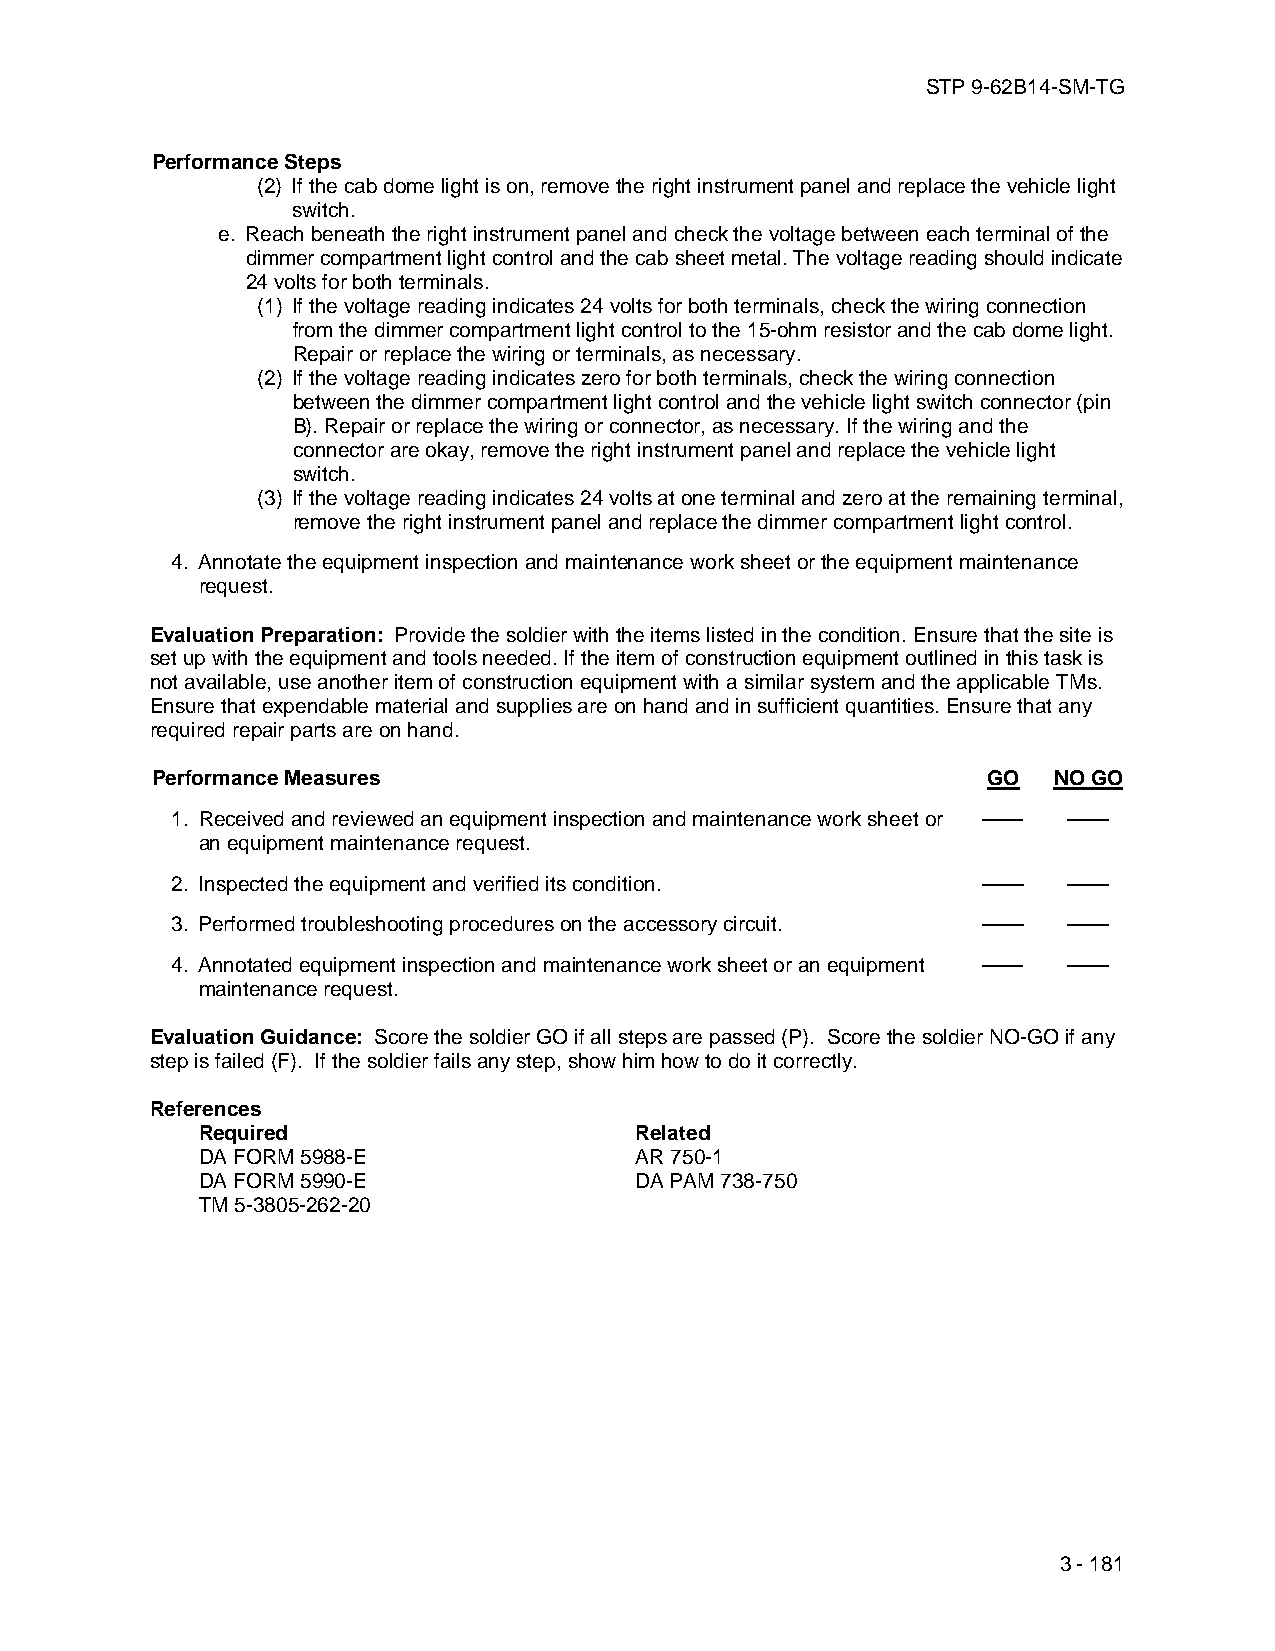
STP 9-62B14-SM-TG
 Performance Steps
 (2) If the cab dome light is on, remove the right instrument panel and replace the vehicle light
 switch.
 e. Reach beneath the right instrument panel and check the voltage between each terminal of the
 dimmer compartment light control and the cab sheet metal. The voltage reading should indicate
 24 volts for both terminals.
 (1) If the voltage reading indicates 24 volts for both terminals, check the wiring connection
 from the dimmer compartment light control to the 15-ohm resistor and the cab dome light.
 Repair or replace the wiring or terminals, as necessary.
 (2) If the voltage reading indicates zero for both terminals, check the wiring connection
 between the dimmer compartment light control and the vehicle light switch connector (pin
 B). Repair or replace the wiring or connector, as necessary. If the wiring and the
 connector are okay, remove the right instrument panel and replace the vehicle light
 switch.
 (3) If the voltage reading indicates 24 volts at one terminal and zero at the remaining terminal,
 remove the right instrument panel and replace the dimmer compartment light control.
 4. Annotate the equipment inspection and maintenance work sheet or the equipment maintenance
 request.
 Evaluation Preparation: Provide the soldier with the items listed in the condition. Ensure that the site is
 set up with the equipment and tools needed. If the item of construction equipment outlined in this task is
 not available, use another item of construction equipment with a similar system and the applicable TMs.
 Ensure that expendable material and supplies are on hand and in sufficient quantities. Ensure that any
 required repair parts are on hand.
 Performance Measures                                   GO   NO GO
 1. Received and reviewed an equipment inspection and maintenance work sheet or —— ——
 an equipment maintenance request.
 2. Inspected the equipment and verified its condition. ——   ——
 3. Performed troubleshooting procedures on the accessory circuit. —— ——
 4. Annotated equipment inspection and maintenance work sheet or an equipment —— ——
 maintenance request.
 Evaluation Guidance: Score the soldier GO if all steps are passed (P). Score the soldier NO-GO if any
 step is failed (F). If the soldier fails any step, show him how to do it correctly.
 References
 Required                     Related
 DA FORM 5988-E               AR 750-1
 DA FORM 5990-E               DA PAM 738-750
 TM 5-3805-262-20
 3 - 181